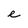
Character: e